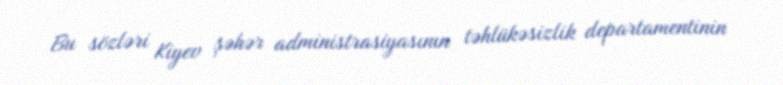
Bu sözləri Kiyev şəhər administrasiyasının təhlükəsizlik departamentinin